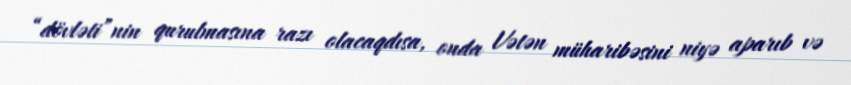
“dövləti”nin qurulmasına razı olacaqdısa, onda Vətən müharibəsini niyə aparıb və